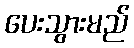
ပေးသွားမည်